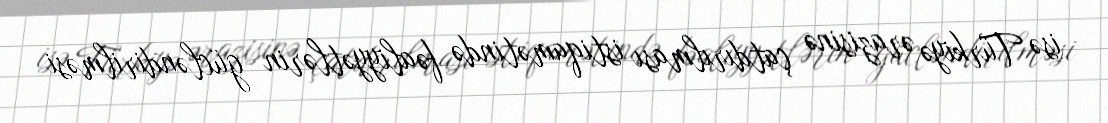
isə Türkiyə ərazisinə çatdırılması istiqamətində fəaliyyətlərin gücləndirilməsi